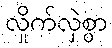
လှိုက်လှဲစွာ